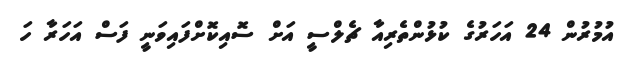
އުމުރުން 24 އަހަރުގެ ކުޅުންތެރިއާ ޗެލްސީ އަށް ސޮއިކޮށްފައިވަނީ ފަސް އަހަރާ ހަ